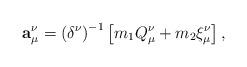
LaTeX: \begin{align*}{\bf a}_{\mu }^{\nu }=\left( \delta ^{\nu }\right) ^{-1}\left[m_{1}Q_{\mu }^{\nu }+m_{2}\xi _{\mu }^{\nu }\right],\end{align*}